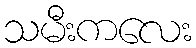
သမီးကလေး